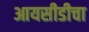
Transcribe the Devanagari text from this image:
आयसीडीचा